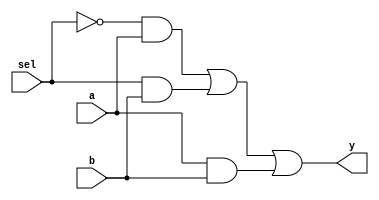
module mux2to1
(input sel,a,b,
output y);

assign y =(~sel&a)|(sel&b)|(a&b);
//assign y0 = (~sel&a)|(sel&b);

endmodule